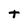
Character: t